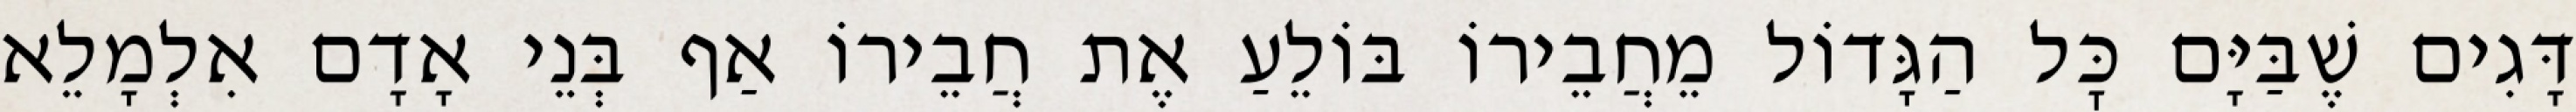
דָּגִים שֶׁבַּיָּם כׇּל הַגָּדוֹל מֵחֲבֵירוֹ בּוֹלֵעַ אֶת חֲבֵירוֹ אַף בְּנֵי אָדָם אִלְמָלֵא